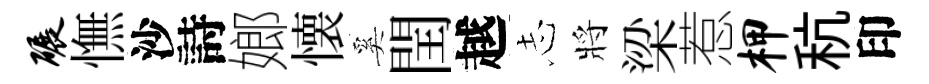
碾憮沙詩嫏懐奚閏越𢖽將梁惹柙秔印